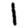
Digit: 1